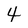
Character: 4